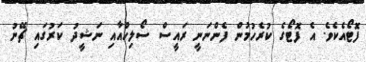
ފޮޓޯއެކެވެ. އެ ފޮޓޯގެ ކުރެހުމުން ފެންނަނީ ރައީސް ސޯލިހްއާއި ނަޝީދު ކަރުގައި ޗޭނު